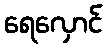
ရေလှောင်